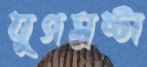
যুগস্রষ্টা